Lunatic asylums Punjab 1881-1894 - 1881-1894
Year: 1881
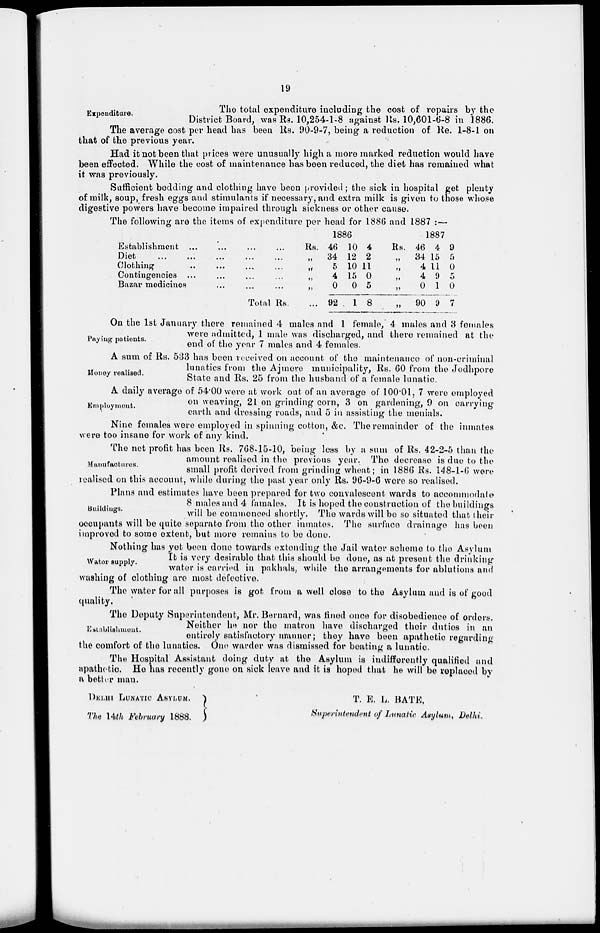
19
Expenditure.
The total expenditure including the cost of repairs by the
District Board, was Rs. 10,254-1-8 against Rs. 10,601-6-8 in 1886.
The average cost per head has been Rs. 90-9-7, being a reduction of Re. 1-8-1 on
that of the previous year.
Had it not been that prices were unusually high a, more marked reduction would have
been effected. While the cost of maintenance has been reduced, the diet has remained what
it was previously.
Sufficient bedding and clothing have been provided ; the sick in hospital get plenty
of milk, soup, fresh eggs and stimulants if necessary, and extra milk is given to those whose
digestive powers have become impaired through sickness or other cause.
The following are the items of expenditure per head for 1886 and 1887 .—
Establishment ...
...
...
...
Diet
...
...
...
...
Clothing ... ... ... ...
Contingencies
...
...
...
...
Bazar medicines
...
...
...
...
Total Rs.
1886
Rs.
„
„
„
„
...
46
34
5
4
0
92
10
12
10
15
0
1
4
2
11
0
5
8
1887
Rs.
„
„
„
„
„
46
34
4
4
0
90
4
15
11
9
1
9
9
5
0
5
0
7
Paying patients.
On the 1st January there remained 4 males and 1 female, 4 males and 3 females
were admitted, 1 male was discharged, and there remained at the
end of the year 7 males and 4 females.
Money realised.
A sum of Rs. 533 has been received on account of the maintenance of non-criminal
lunatics from the Ajmere municipality, Rs. 60 from the Jodhpore
State and Rs. 25 from the husband of a female lunatic.
Employment.
A. daily average of 54.00 were at work out of an average of 100.01, 7 were employed
on weaving, 21 on grinding corn, 3 on gardening, 9 on carrying
earth and dressing roads, and 5 in assisting the menials.
Nine females were employed in spinning cotton, &c. The remainder of the inmates
were too insane for work of any kind.
Manufactures.
The net profit has been Rs. 768-15-10, being less by a sum of Rs. 42-2-5 than the
amount realised in the previous year. The decrease is due to the
small profit derived from grinding wheat; in 1886 Rs. 148-1-6 were
realised on this account, while during the past year only Rs. 96-9-6 were so realised.
Buildings.
Plans and estimates have been prepared for two convalescent wards to accommodate
8 males and 4 females. It is hoped the construction of the buildings
will be commenced shortly. The wards will be so situated that their
occupants will be quite separate from the other inmates. The surface drainage has been
improved to some extent, but more remains to be done.
Water supply.
Nothing has yet been done towards extending the Jail water scheme to the Asylum
It is very desirable that this should be done, as at present the drinking
water is carried in pakhals, while the arrangements for ablutions and
washing of clothing are most defective.
The water for all purposes is got from a well close to the Asylum and is of good
quality.
Establishment.
The Deputy Superintendent, Mr. Bernard, was fined once for disobedience of orders.
Neither he nor the matron have discharged their duties in an
entirely satisfactory manner ; they have been apathetic regarding
the comfort of the lunatics. One warder was dismissed for beating a lunatic
The Hospital Assistant doing duty at the Asylum is indifferently qualified and
apathetic. He has recently gone on sick leave and it is hoped that he will be replaced by
a better man.
DELHI LUNATIC ASYLUM.
The 14th February 1888.
T. E. L., BATE,
Superintendent of Lunatic Asylum, Delhi.